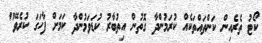
ކޯޓު ތެރެއިން ކަންތައްތަކެއް ކުރަމުންދާ ގޮތުން އިތުބާރު ކުޑަވަމުންދާ ކަމަށް ފާހަގަ ކުރެވޭ"